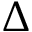
\Delta